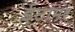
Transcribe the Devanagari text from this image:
ईटामर